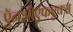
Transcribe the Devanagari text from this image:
ऍनओएफएक्स